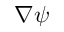
\nabla \psi